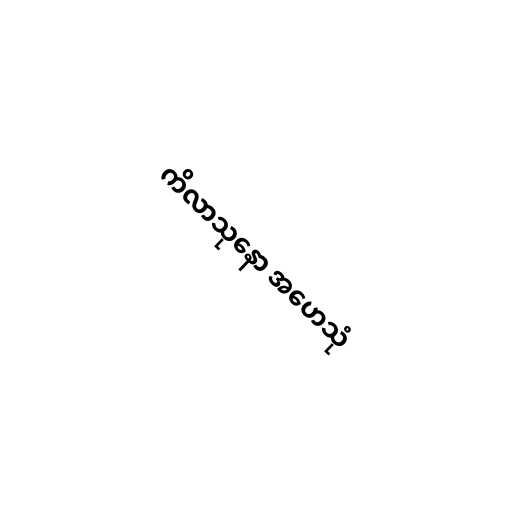
ကိလာသုနော အဟေသုံ